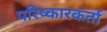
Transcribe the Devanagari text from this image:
परिष्कारकर्ता